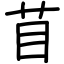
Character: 苜